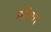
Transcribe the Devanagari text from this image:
मेरीचा